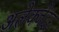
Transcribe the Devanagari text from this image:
अलेक्जेंदर